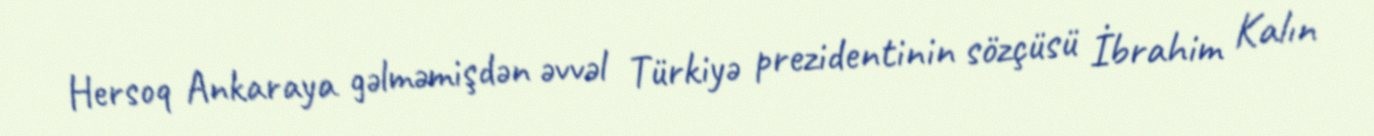
Hersoq Ankaraya gəlməmişdən əvvəl Türkiyə prezidentinin sözçüsü İbrahim Kalın